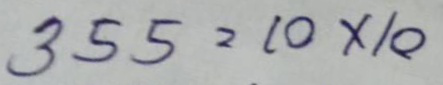
355 = 10 x 10